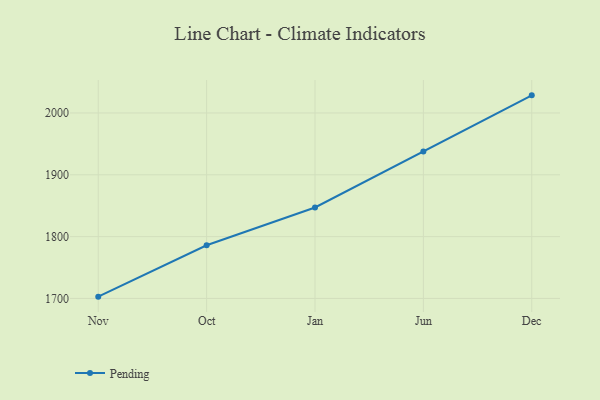
{"axis": {"x": "Month", "y": "Customer Acquisition Cost (USD)"}, "legend": ["Pending"], "data": [{"x": "Nov", "y": 1702.9, "type": "Pending"}, {"x": "Oct", "y": 1786.0, "type": "Pending"}, {"x": "Jan", "y": 1847.1, "type": "Pending"}, {"x": "Jun", "y": 1937.6, "type": "Pending"}, {"x": "Dec", "y": 2028.5, "type": "Pending"}]}